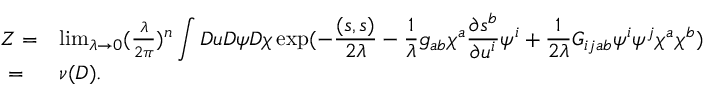
\begin{array} { l l } { { Z = } } & { { \operatorname * { l i m } _ { \lambda \rightarrow 0 } ( \frac { \lambda } { 2 \pi } ) ^ { n } \displaystyle \int { \cal D } u { \cal D } \psi { \cal D } \chi \exp ( - \frac { ( s , s ) } { 2 \lambda } - \frac { 1 } { \lambda } g _ { a b } \chi ^ { a } \frac { \partial s ^ { b } } { \partial { u ^ { i } } } \psi ^ { i } + \frac { 1 } { 2 \lambda } G _ { i j a b } \psi ^ { i } \psi ^ { j } \chi ^ { a } \chi ^ { b } ) } } \\ { { ~ = } } & { { \nu ( D ) . } } \end{array}